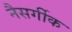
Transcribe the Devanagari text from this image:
नैसर्गीक